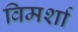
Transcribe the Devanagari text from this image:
विमर्शा